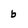
Character: b